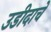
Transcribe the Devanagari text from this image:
उडीदाचे